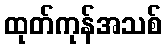
ထုတ်ကုန်အသစ်